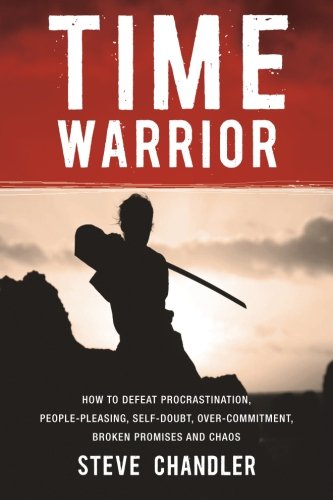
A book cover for Time Warrior: How to defeat procrastination, people-pleasing, self-doubt, over-commitment, broken promises and chaos; Steve Chandler; Self-Help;